Report on horse surra - Volume II, Part II
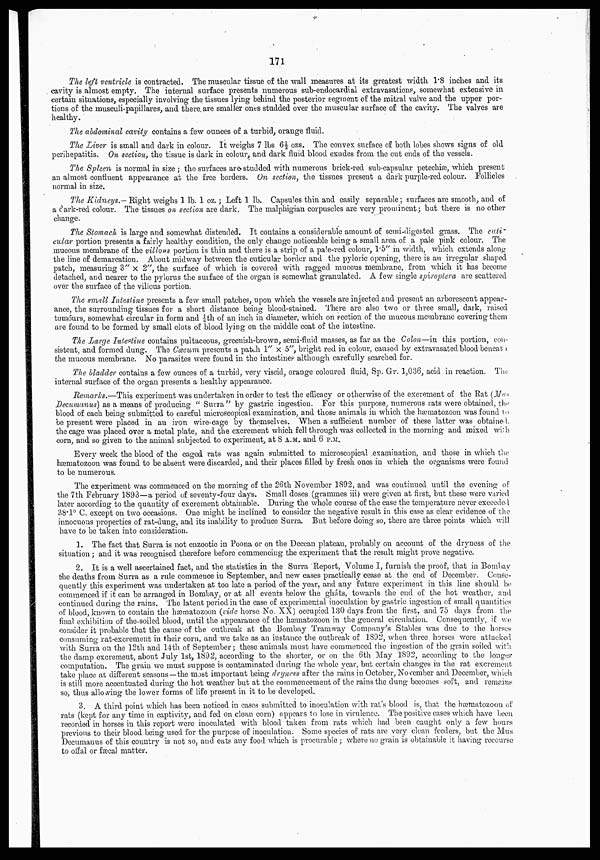
171
The left ventricle is contracted. The muscular tissue of the wall measures at its greatest width 1.8 inches and its
cavity is almost empty. The internal surface presents numerous sub-endocardial extravasations, somewhat extensive in
certain situations, especially involving the tissues lying behind the posterior segment of the mitral valve and the upper por-
tions of the musculi-papillares, and there are smaller ones studded over the muscular surface of the cavity. The valves are
healthy.
The abdominal cavity contains a few ounces of a turbid, orange fluid.
The Liver is small and dark in colour. It weighs 7 lbs 6½ ozs. The convex surface of both lobes shows signs of old
perihepatitis. On section, the tissue is dark in colour, and dark fluid blood exudes from the cut ends of the vessels.
The Spleen is normal in size ; the surfaces are studded with numerous brick-red sub-capsular petechiæ, which present
an almost confluent appearance at the free borders. On section, the tissues present a dark purple-red colour. Follicles
normal in size.
The Kidneys.— Right weighs 1 lb. 1 oz. ; Left 1 lb. Capsules thin and easily separable ; surfaces are smooth, and of
a dark-red colour. The tissues on section are dark. The malphigian corpuscles are very prominent ; but there is no other
change.
The Stomach is large and somewhat distended. It contains a considerable amount of semi-digested grass. The cuti¬
cular portion presents a fairly healthy condition, the only change noticeable being a small area of a pale pink colour. The
mucous membrane of the villous portion is thin and there is a strip of a pale-red colour, 1.5" in width, which extends along
the line of demarcation. About midway between the cuticular border and the pyloric opening, there is an irregular shaped
patch, measuring 3" × 2", the surface of which is covered with ragged mucous membrane, from which it has become
detached, and nearer to the pylorus the surface of the organ is somewhat granulated. A few single spiroptera are scattered
over the surface of the villous portion.
The small Intestine presents a few small patches, upon which the vessels are injected and present an arborescent appear¬
ance, the surrounding tissues for a short distance being blood-stained. There are also two or three small, dark, raised
tumours, somewhat circular in form and ¼th of an inch in diameter, which on section of the mucous membrane covering them
are found to be formed by small clots of blood lying on the middle coat of the intestine.
The Large Intestine contains pultaceous, greenish-brown, semi-fluid masses, as far as the Colon—in this portion, con-
sistent, and formed dung. The Cæcum presents a patch 1" × 5", bright red in colour, caused by extravasated blood beneath
the mucous membrane. No parasites were found in the intestines although carefully searched for.
The bladder contains a few ounces of a turbid, very viscid, orange coloured fluid, Sp. Gr. 1,036, acid in reaction. The
internal surface of the organ presents a healthy appearance.
Remarks.—This experiment was undertaken in order to test the efficacy or otherwise of the excrement of the Rat (Mus
Decumanus) as a means of producing " Surra" by gastric ingestion. For this purpose, numerous rats were obtained, the
blood of each being submitted to careful microscopical examination, and those animals in which the hæmatozoon was found to
be present were placed in an iron wire-cage by themselves. "When a sufficient number of these latter was obtained.
the cage was placed over a metal plate, and the excrement which fell through was collected in the morning and mixed with
corn, and so given to the animal subjected to experiment, at 8 A.M. and 6 P.M.
Every week the blood of the caged rats was again submitted to microscopical examination, and those in which the
hæmatozoon was found to be absent were discarded, and their places filled by fresh ones in which the organisms were found
to be numerous.
The experiment was commenced on the morning of the 26th November 1892, and was continued until the evening of
the 7th February 1893—a period of seventy-four days. Small doses (grammes iii) were given at first, but these were varied
later according to the quantity of excrement obtainable. During the whole course of the case the temperature never exceeded
38.1° C. except on two occasions. One might be inclined to consider the negative result in this case as clear evidence of the
innocuous properties of rat-dung, and its inability to produce Surra. But before doing so, there are three points which will
have to be taken into consideration.
1. The fact that Surra is not enzootic in Poona or on the Deccan plateau, probably on account of the dryness of the
situation ; and it was recognised therefore before commencing the experiment that the result might prove negative.
2. It is a well ascertained fact, and the statistics in the Surra Report, Volume I, furnish the proof, that in Bombay
the deaths from Surra as a rule commence in September, and new cases practically cease at the end of December. Conse-
quently this experiment was undertaken at too late a period of the year, and any future experiment in this line should be
commenced if it can be arranged in Bombay, or at all events below the gháts, towards the end of the hot weather, and
continued during the rains. The latent period in the case of experimental inoculation by gastric ingestion of small quantities
of blood, known to contain the hæmatozoon (vide horse No. XX) occupied 130 days from the first, and 75 days from the
final exhibition of the soiled blood, until the appearance of the hæmatozoon in the general circulation. Consequently, if we
consider it probable that the cause of the outbreak at the Bombay Tramway Company's Stables was due to the horses
consuming rat-excrement in their corn, and we take as an instance the outbreak of 1892, when three horses were attacked
with Surra on the 12th and 14th of September ; these animals must have commenced the ingestion of the grain soiled with
the damp excrement, about July 1st, 1892, according to the shorter, or on the 6th May 1892, according to the longer
computation. The grain we must suppose is contaminated during the whole year, but certain changes in the rat excrement
take place at different seasons—the most important being dryness after the rains in October, November and December, which
is still more accentuated during the hot weather but at the commencement of the rains the dung becomes soft, and remains
so, thus allowing the lower forms of life present in it to be developed.
3. A third point which has been noticed in cases submitted to inoculation with rat's blood is, that the hæmatozoon of
rats (kept for any time in captivity, and fed on clean corn) appears to lose in virulence. The positive cases which have been
recorded in horses in this report were inoculated with blood taken from rats which had been caught only a few hours
previous to their blood being used for the purpose of inoculation. Some species of rats are very clean feeders, but the Mus
Decumanus of this country is not so, and eats any food which is procurable ; where no grain is obtainable it having recourse
to offal or fæcal matter.